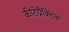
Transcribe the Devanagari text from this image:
कीरोप्रैक्टिक